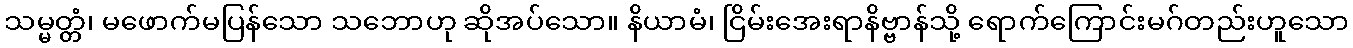
သမ္မတ္တံ၊ မဖောက်မပြန်သော သဘောဟု ဆိုအပ်သော။ နိယာမံ၊ ငြိမ်းအေးရာနိဗ္ဗာန်သို့ ရောက်ကြောင်းမဂ်တည်းဟူသော